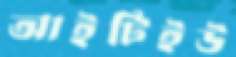
আইটিইউ